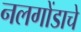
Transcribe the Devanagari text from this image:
नलगोंडाचे